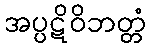
အပ္ပဋိဝိဘတ္တံ